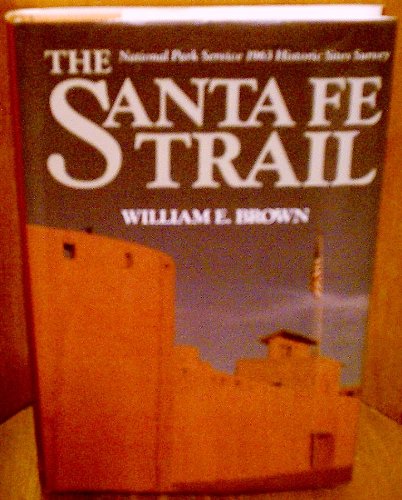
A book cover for The Santa Fe Trail: National Park Service 1963 historic sites survey; William E Brown; Travel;